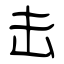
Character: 击